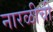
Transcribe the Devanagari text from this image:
नारळीची